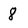
Character: 8